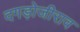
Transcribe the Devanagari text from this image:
दगड़ोजीराव